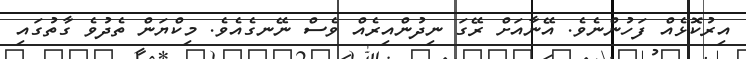
އިރުކޮޅެއް ފަހުންނެވެ. އޭނާއަށް ރޭގަ ނިދުންއިރެއް ވެސް ނޭނގެއެވެ. މިކްޔަން ތެދުވެ ގާތުގައި